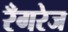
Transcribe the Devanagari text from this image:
रँगरेज